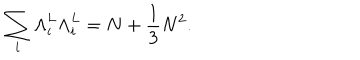
\sum _ { i } { \Lambda } _ { i } ^ { L } { \Lambda } _ { i } ^ { L } = N + \frac { 1 } { 3 } N ^ { 2 } .